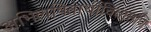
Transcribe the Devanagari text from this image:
अभिलषितार्थीचिंतामणि